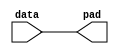
module lpm_outpad (
    data,
    pad
);

// GLOBAL PARAMETER DECLARATION
    parameter lpm_width = 1;
    parameter lpm_type = "lpm_outpad";
    parameter lpm_hint = "UNUSED";

// INPUT PORT DECLARATION
    input  [lpm_width-1:0] data;

// OUTPUT PORT DECLARATION
    output [lpm_width-1:0] pad;

// INTERNAL REGISTER/SIGNAL DECLARATION
    reg    [lpm_width-1:0] pad;

// INITIAL CONSTRUCT BLOCK
    initial
    begin
        if (lpm_width <= 0)
        begin
            $display("Value of lpm_width parameter must be greater than 0(ERROR)");
            $display("Time: %0t  Instance: %m", $time);
            $finish;
        end
    end

// ALWAYS CONSTRUCT BLOCK
    always @(data)
    begin
        pad = data;
    end

endmodule